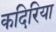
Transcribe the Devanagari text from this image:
कदिरिया